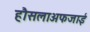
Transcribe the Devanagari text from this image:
हौसलाअफजाई